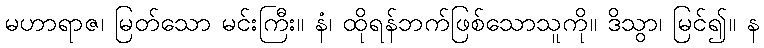
မဟာရာဇ၊ မြတ်သော မင်းကြီး။ နံ၊ ထိုရန်ဘက်ဖြစ်သောသူကို။ ဒိသွာ၊ မြင်၍။ န